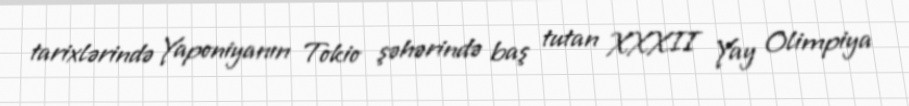
tarixlərində Yaponiyanın Tokio şəhərində baş tutan XXXII Yay Olimpiya